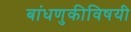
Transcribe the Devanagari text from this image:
बांधणुकीविषयी